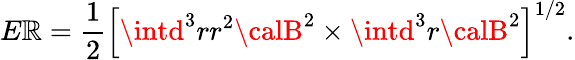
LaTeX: E\mathbb{R}=\frac{{1}}{{2}}\left[\intd^{3}rr^{2}{\calB}^{2}\times\intd^{3}r{\calB}^{2}\right]^{1/2}.